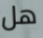
هل